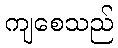
ကျစေသည်